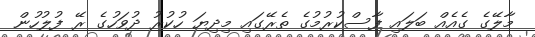
މާލޭގެ ގެއެއް ބަލައި ފާސްކުރުމުގެ ތެރޭގައި މިދިޔަ ހުކުރު ދުވަހުގެ ރޭ ފުލުުހުން